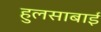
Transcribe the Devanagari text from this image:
हुलसाबाई